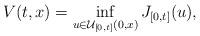
LaTeX: \begin{align*}V(t,x) = \inf_{u\in {\cal U}_{[0,t]}(0,x)} J_{[0,t]}(u),\end{align*}